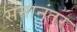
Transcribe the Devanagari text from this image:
सनानंतर